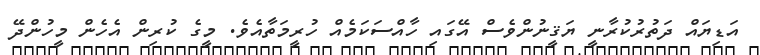
އަޑިޔައް ދަތުރުކުރާނީ ޔަޤީނުންވެސް އޭގައި ހާއްސަކަމެއް ހުރީމަތާއެވެ. މީގެ ކުރިން އެހެން މީހުންދޭ